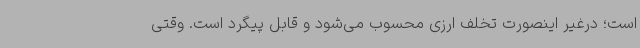
است؛ درغیر اینصورت تخلف ارزی محسوب می‌شود و قابل پیگرد است. وقتی